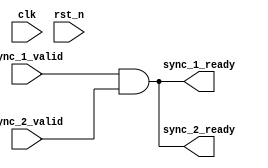
// (C) 2001-2017 Intel Corporation. All rights reserved.
// Your use of Intel Corporation's design tools, logic functions and other 
// software and tools, and its AMPP partner logic functions, and any output 
// files from any of the foregoing (including device programming or simulation 
// files), and any associated documentation or information are expressly subject 
// to the terms and conditions of the Intel Program License Subscription 
// Agreement, Intel FPGA IP License Agreement, or other applicable 
// license agreement, including, without limitation, that your use is for the 
// sole purpose of programming logic devices manufactured by Intel and sold by 
// Intel or its authorized distributors.  Please refer to the applicable 
// agreement for further details.


// synthesis translate_off
`timescale 1ns / 1ps
// synthesis translate_on

module altera_modular_adc_dual_sync (
    input               clk,
    input               rst_n,
    input               sync_1_valid,
    input               sync_2_valid,
    output              sync_1_ready,
    output              sync_2_ready

);

wire    sync_ready;

assign sync_ready   = sync_1_valid & sync_2_valid;
assign sync_1_ready = sync_ready;
assign sync_2_ready = sync_ready;


endmodule